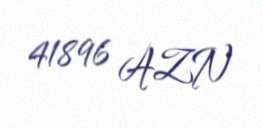
41896 AZN